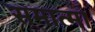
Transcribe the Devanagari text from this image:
समात्मा